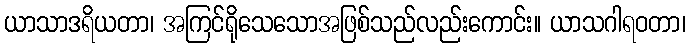
ယာသာဒရိယတာ၊ အကြင်ရိုသေသောအဖြစ်သည်လည်းကောင်း။ ယာသဂါရဝတာ၊